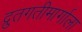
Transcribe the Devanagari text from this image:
द्रुतगतीमार्गाला